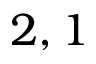
2 , 1